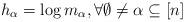
LaTeX: \begin{align*}{h_{\alpha}}=\log m_\alpha,\forall \emptyset\neq\alpha \subseteq [n]\end{align*}